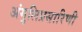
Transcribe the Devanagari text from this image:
अंगुलिप्रसारिणी